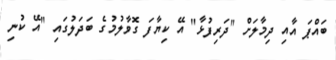
ބައްޕަ އާއި ދިމާލަށް "ދަރިފުޅާ" އޭ ކިޔާފަ ގޮވާލުމުގެ ބަދަލުގައި "އޭ ކުނި